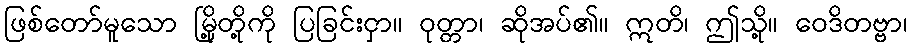
ဖြစ်တော်မူသော မြို့တို့ကို ပြခြင်းငှာ။ ဝုတ္တာ၊ ဆိုအပ်၏။ ဣတိ၊ ဤသို့။ ဝေဒိတဗ္ဗာ၊